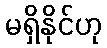
မရှိနိုင်ဟု